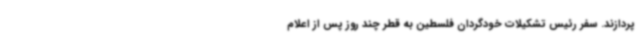
پردازند. سفر رئیس تشکیلات خودگردان فلسطین به قطر چند روز پس از اعلام